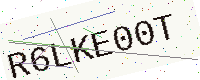
Text: R6LKE00T